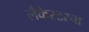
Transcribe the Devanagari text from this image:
लँकेस्टरचा